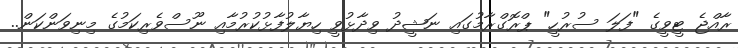
ރާއްޖެ ޓީވީގެ "ފަލަ ސުރުހީ" ޕްރޮގްރާމުގައި ނަޝީދު ވިދާޅުވީ ހިޔާލުފާޅުކުރުމާއި ނޫސްވެރިކަމުގެ މިނިވަންކަން..